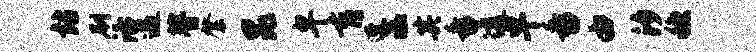
站刷活遇瞢綮昆卑育遭溘其番透早番由汐稳